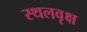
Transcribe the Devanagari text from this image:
स्थलवृक्ष